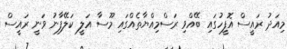
މިއަދު ރައީސް އޮފީހުގައި ބޭއްވި ރަސްމިއްޔާތެއްގައި މޫސާ އަލީ ކަލޭފާނު ވަނީ ރައީސް